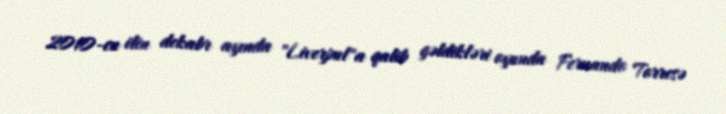
2010-cu ilin dekabr ayında "Liverpul"a qalib gəldikləri oyunda Fernando Torresə